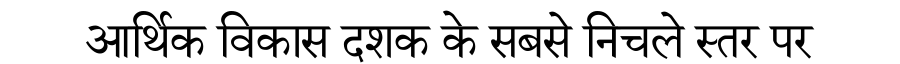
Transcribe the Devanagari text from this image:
आर्थिक विकास दशक के सबसे निचले स्तर पर